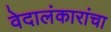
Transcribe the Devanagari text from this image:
वेदालंकारांचा